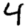
Digit: 4